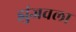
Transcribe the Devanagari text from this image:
झुंजवला